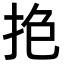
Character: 𢫎